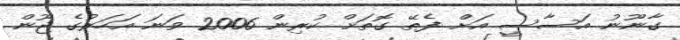
ގާނޫނު އަސާސީ އަށް ފެތޭ ގޮތަށް ކުރިން 2006 ވަނަ އަހަރުގެ ޖޫން